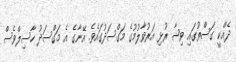
ދެއްކީ ގަސްތުގައި ވިޝާ ރުޅި އަރުވާލުމުގެ މަގްސަދުގައެވެ. އޭނާގެ އެ މަގްސަދު ހާސިލްވެސް